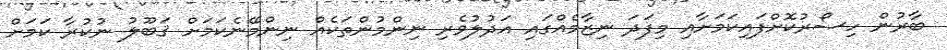
ބާރުން ހިސޯރުކޮށްފައިކަމަށާއި މިފަދަ ނިޒާމެއްގައި އަދުލުވެރި ނިންމުންތަކެއް ނިންމޭނެކަމަށް ޤަބޫލު ނުކުރާ ކަމަށް